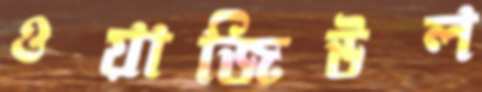
ওয়াজিউল